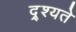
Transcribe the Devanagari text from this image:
द्र्श्यते